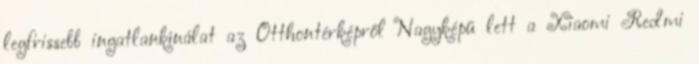
legfrissebb ingatlankínálat az Otthontérképről Nagyképű lett a Xiaomi Redmi